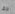
حقا